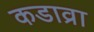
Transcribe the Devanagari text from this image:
कडाव्रा